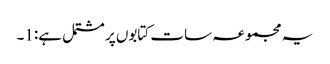
یہ مجموعہ سات کتابوں پر مشتمل ہے:1۔